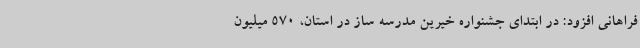
فراهانی افزود: در ابتدای جشنواره خیرین مدرسه ساز در استان، 570 میلیون